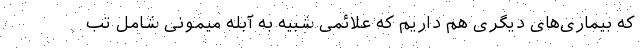
که بیماری‌های دیگری هم داریم که علائمی شبیه به آبله میمونی شامل تب